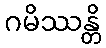
ဂမိဿန္တိ